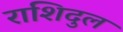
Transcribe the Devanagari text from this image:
राशिदुल